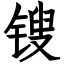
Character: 锼